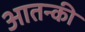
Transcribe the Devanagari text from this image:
आतन्की